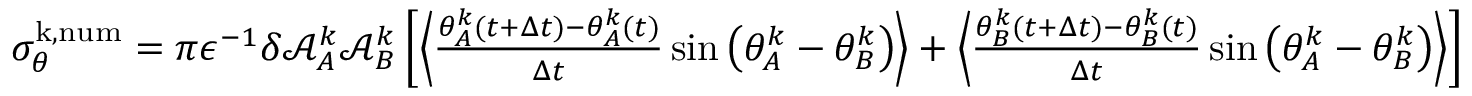
\begin{array} { r } { \sigma _ { \theta } ^ { \mathrm { k , n u m } } = { \pi } \epsilon ^ { - 1 } \delta \mathcal { A } _ { A } ^ { k } \mathcal { A } _ { B } ^ { k } \left[ \left\langle \frac { \theta _ { A } ^ { k } ( t + \Delta t ) - \theta _ { A } ^ { k } ( t ) } { \Delta t } \sin \big ( \theta _ { A } ^ { k } - \theta _ { B } ^ { k } \big ) \right\rangle + \left\langle \frac { \theta _ { B } ^ { k } ( t + \Delta t ) - \theta _ { B } ^ { k } ( t ) } { \Delta t } \sin \big ( \theta _ { A } ^ { k } - \theta _ { B } ^ { k } \big ) \right\rangle \right] } \end{array}